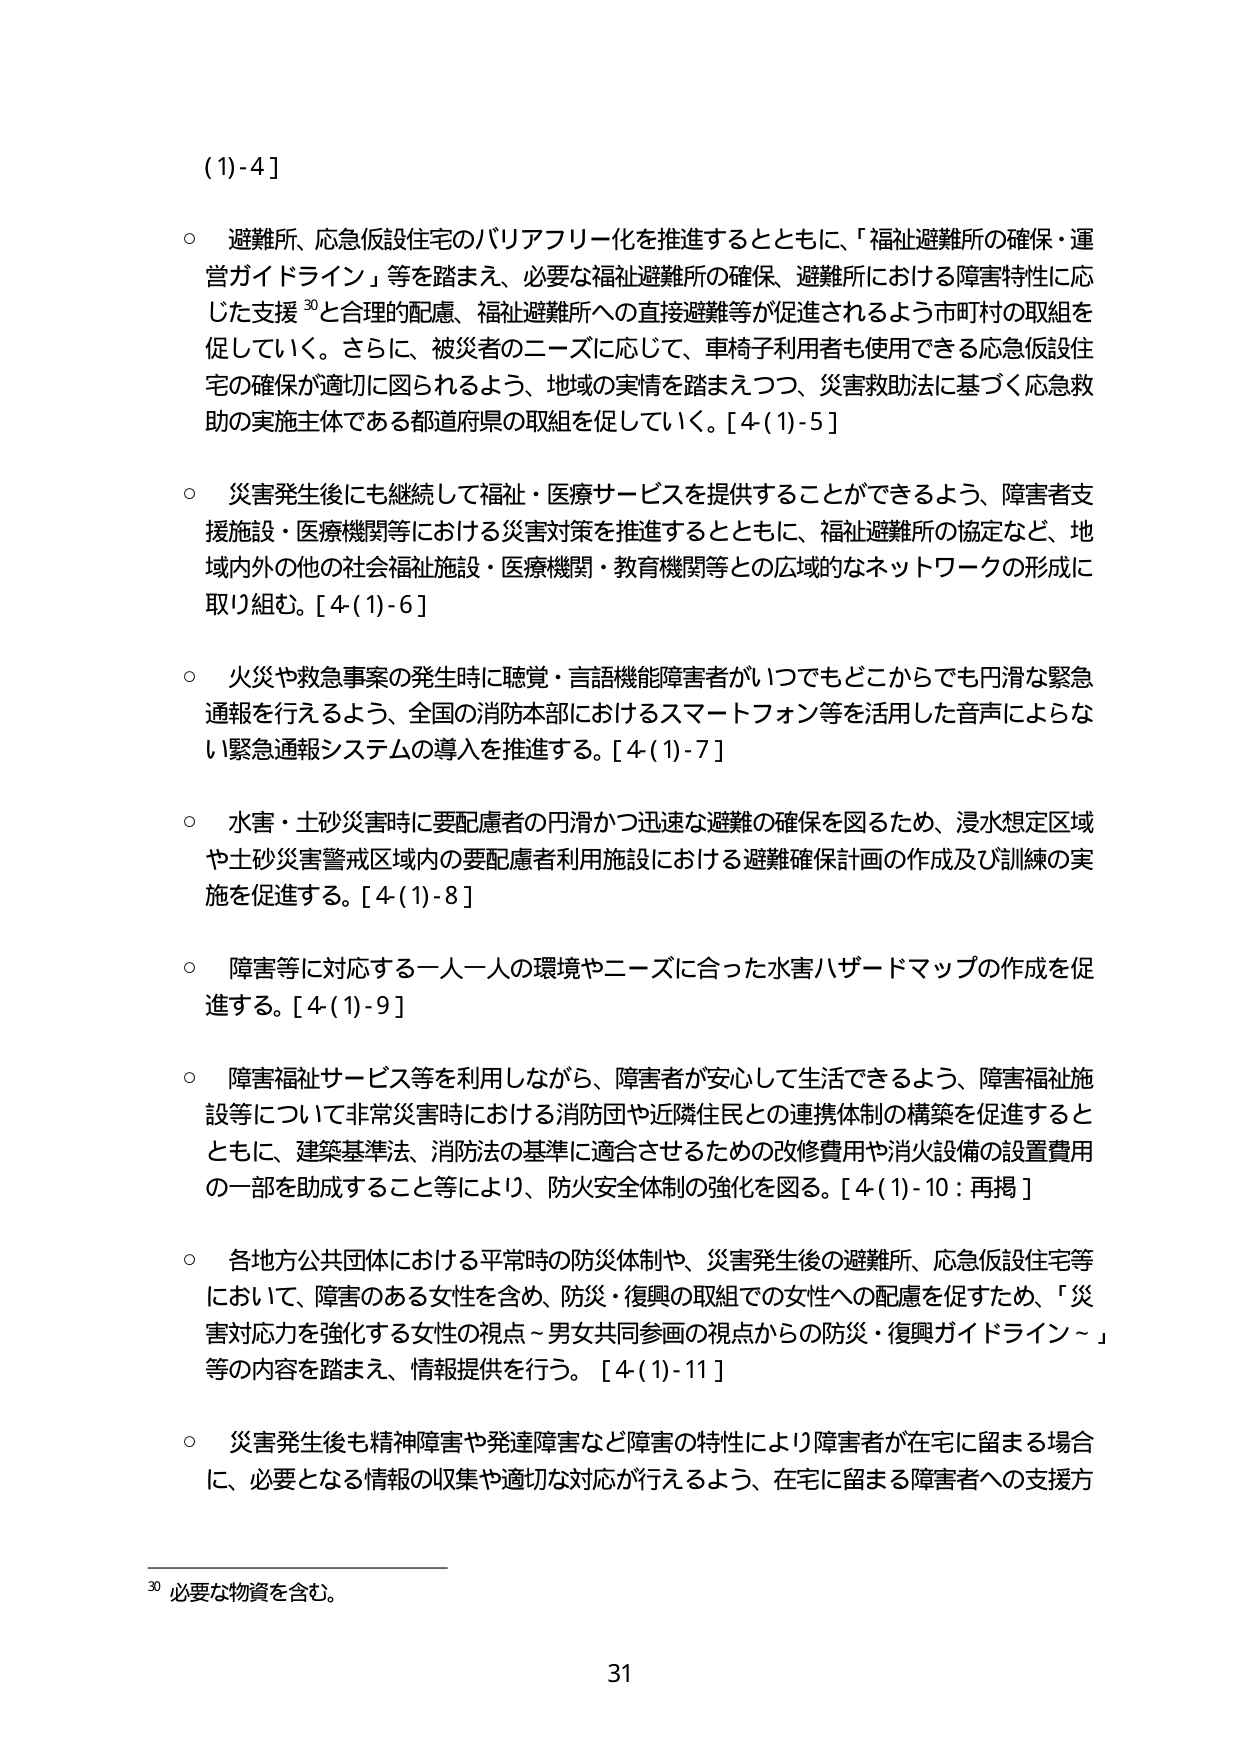
(1)-4]

○ 避難所、応急仮設住宅のバリアフリー化を推進するとともに、「福祉避難所の確保・運営ガイドライン」等を踏まえ、必要な福祉避難所の確保、避難所における障害特性に応じた支援 30と合理的配慮、福祉避難所への直接避難等が促進されるよう市町村の取組を促していく。さらに、被災者のニーズに応じて、車椅子利用者も使用できる応急仮設住宅の確保が適切に図られるよう、地域の実情を踏まえつつ、災害救助法に基づく応急救助の実施主体である都道府県の取組を促していく。[4(1)-5]

○ 災害発生後にも継続して福祉・医療サービスを提供することができるよう、障害者支援施設・医療機関等における災害対策を推進するとともに、福祉避難所の協定など、地域内外の他の社会福祉施設・医療機関・教育機関等との広域的なネットワークの形成に取り組む。[4(1)-6]

○ 火災や救急事案の発生時に聴覚・言語機能障害者がいつでもどこからでも円滑な緊急通報を行えるよう、全国の消防本部におけるスマートフォン等を活用した音声によらない緊急通報システムの導入を推進する。[4(1)-7]

○ 水害・土砂災害時に要配慮者の円滑かつ迅速な避難の確保を図るため、浸水想定区域や土砂災害警戒区域内の要配慮者利用施設における避難確保計画の作成及び訓練の実施を促進する。[4(1)-8]

○ 障害等に対応する一人一人の環境やニーズに合った水害ハザードマップの作成を促進する。[4(1)-9]

○ 障害福祉サービス等を利用しながら、障害者が安心して生活できるよう、障害福祉施設等について非常災害時における消防団や近隣住民との連携体制の構築を促進するとともに、建築基準法、消防法の基準に適合させるための改修費用や消火設備の設置費用の一部を助成すること等により、防火安全体制の強化を図る。[4(1)-10：再掲]

○ 各地方公共団体における平常時の防災体制や、災害発生後の避難所、応急仮設住宅等において、障害のある女性を含め、防災・復興の取組での女性への配慮を促すため、「災害対応力を強化する女性の視点～男女共同参画の視点からの防災・復興ガイドライン～」等の内容を踏まえ、情報提供を行う。[4(1)-11]

○ 災害発生後も精神障害や発達障害など障害の特性により障害者が在宅に留まる場合に、必要となる情報の収集や適切な対応が行えるよう、在宅に留まる障害者への支援方

30 必要な物資を含む。

31